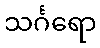
သင်္ဂရော